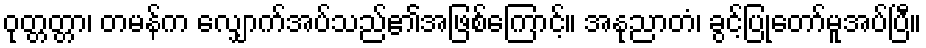
ဝုတ္တတ္တာ၊ တမန်က လျှောက်အပ်သည်၏အဖြစ်ကြောင့်။ အနုညာတံ၊ ခွင့်ပြုတော်မူအပ်ပြီ။